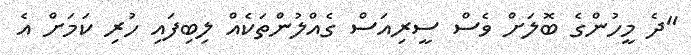
"ދެ މީހުންގެ ބޮލަށް ވެސް ސީރިއަސް ގެއްލުންތަކެއް ލިބިފައި ހުރި ކަމަށް އެ